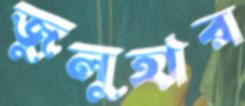
জুলুহার